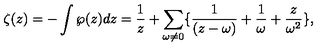
\zeta ( z ) = - \int \wp ( z ) d z = \frac { 1 } { z } + \sum _ { \omega \neq 0 } \{ \frac { 1 } { ( z - \omega ) } + \frac { 1 } { \omega } + \frac { z } { \omega ^ { 2 } } \} ,